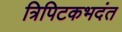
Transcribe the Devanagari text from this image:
त्रिपिटकभदंत